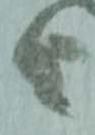
由